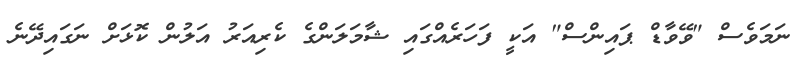
ނަމަވެސް "ވޭވާޑް ޕައިންސް" އަކީ ފަހަރެއްގައި ޝާމަލަންގެ ކެރިއަރު އަލުން ކޮޅަށް ނަގައިދޭނެ